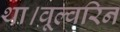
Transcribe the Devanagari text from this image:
था।वूल्वरिन